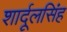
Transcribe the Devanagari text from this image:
शार्दूलसिंह